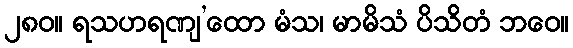
၂၈၀။ ရသဟရဏျ’ထော မံသ၊ မာမိသံ ပိသိတံ ဘဝေ။